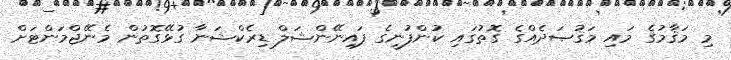
މި މަޤާމުގެ މައި މަޤުޞަދެއްގެ ގޮތުގައި ކުންފުނީގެ ފައިނޭންޝަލް ޑިރެކްޝަނާ ގުޅޭގޮތުން މެނޭޖްމަންޓަށް